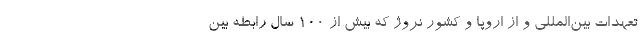
تعهدات بین‌المللی و از اروپا و کشور نروژ که بیش از ۱۰۰ سال رابطه بین